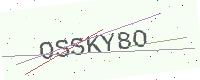
Text: OSSKY8O